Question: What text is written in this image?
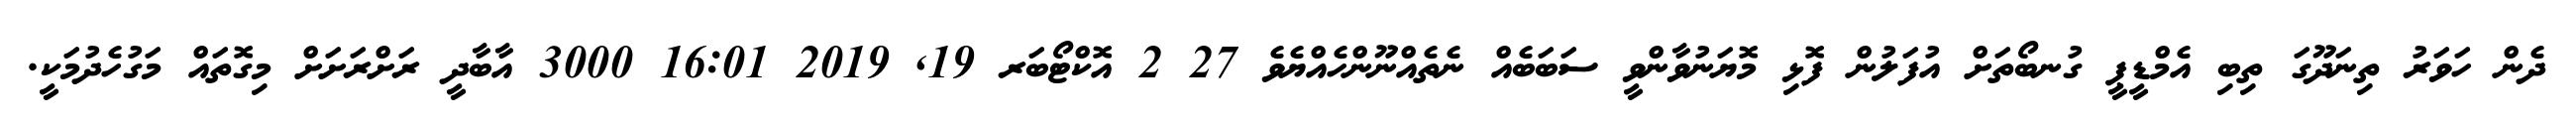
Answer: ދެން ހަވަރު ތިނަދޫގަ ތިބި އެމްޑީޕީ ގުނބޯތަށް އުފަލުން ފޮޅި މޮޔަނުވާންވީ ސަބަބެއް ނެތެއްނޫންހެއްޔެވެ 27 2 އޮކްޓޯބަރ 19, 2019 16:01 3000 އާބާދީ ރަށްރަށަށް މިގޮތައް މަގުހެދުމަކީ.